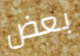
بعض